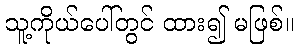
သူ့ကိုယ်ပေါ်တွင် ထား၍ မဖြစ်။